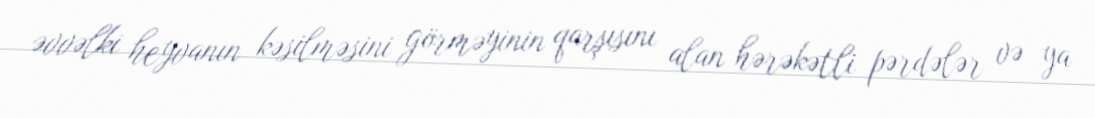
əvvəlki heyvanın kəsilməsini görməyinin qarşısını alan hərəkətli pərdələr və ya